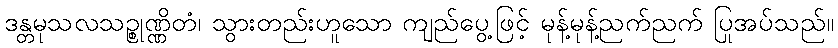
ဒန္တမုသလသဉ္စုဏ္ဏိတံ၊ သွားတည်းဟူသော ကျည်ပွေ့ဖြင့် မုန့်မုန့်ညက်ညက် ပြုအပ်သည်။